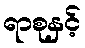
ရာစုနှင့်